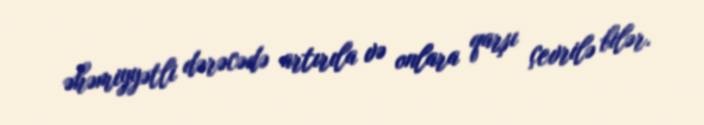
əhəmiyyətli dərəcədə artırıla və onlara qarşı çevrilə bilər.